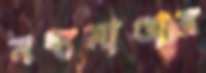
মধ্যমাণ্ডার